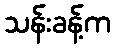
သန်းခန့်က